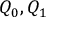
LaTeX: Q _ { 0 } , Q _ { 1 }